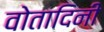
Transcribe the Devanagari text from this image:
वोतादिनी